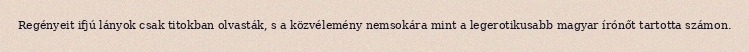
Regényeit ifjú lányok csak titokban olvasták, s a közvélemény nemsokára mint a legerotikusabb magyar írónőt tartotta számon.